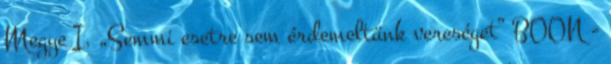
Megye I. „Semmi esetre sem érdemeltünk vereséget” BOON -